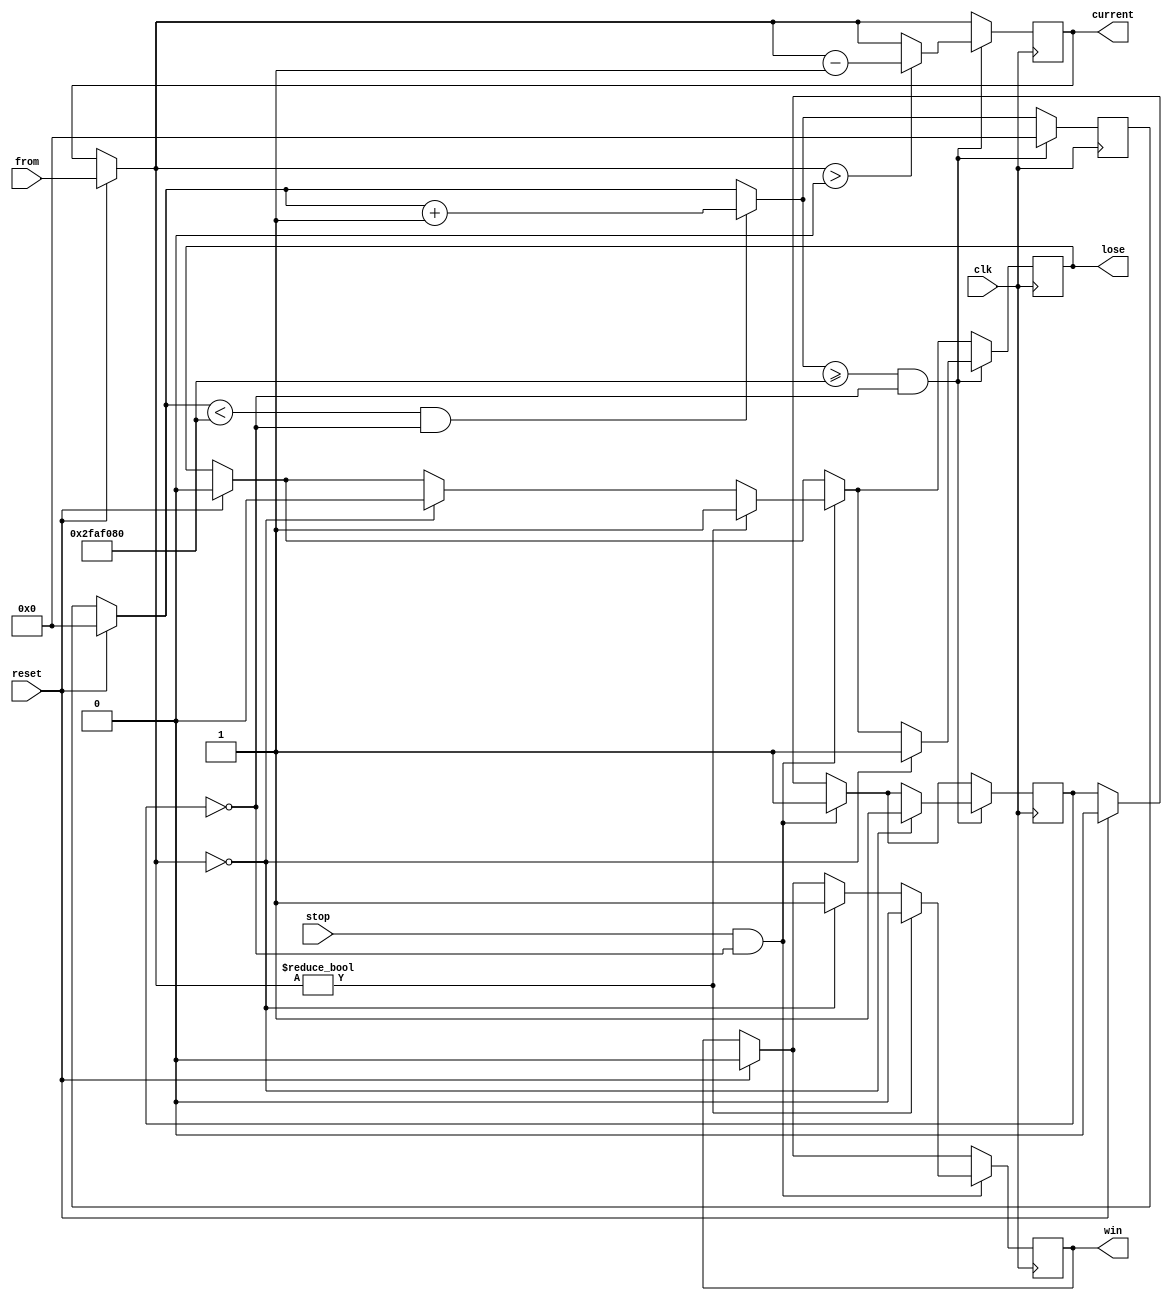
`timescale 1ns / 1ps
//////////////////////////////////////////////////////////////////////////////////
// Company: 
// Engineer: 
// 
// Design Name: 
// Module Name:    Countdown 
// Project Name: 
// Target Devices: 
// Tool versions: 
// Description: 
//
// Dependencies: 
//
// Revision: 
// Revision 0.01 - File Created
// Additional Comments: 
//
//////////////////////////////////////////////////////////////////////////////////
module Countdown(clk, reset, stop, from, current, win, lose );
parameter CLOCK = 50000000;
input clk;
input reset;
input stop;
input [6:0] from;
output [6:0] current;
output win;
output lose;

reg [25:0] counter;
reg [6:0] current;
reg win = 0;
reg lose = 0;
reg pause = 1;
wire clk;



always @ (posedge clk) begin

if (reset) begin
current = from;
counter = 0;
pause <= 0;
lose <= 0;
win <= 0;
end


if ((stop) && (pause == 0)) begin
pause <= 1;

	if (current == 0) begin
	win <= 1;
	lose <= 0;
	end
	
	if (current != 0) begin
	lose <= 1;
	win <= 0;
	end
	
end


	
	if ((counter < CLOCK) && (pause == 0)) begin
	counter = counter + 1;
	end
	
	if ((counter >= CLOCK) && (pause == 0)) begin
	
		
		
		if (current == 0) begin
		lose <= 1;
		pause <= 1;
		end
		
		if (current > 0) begin
		current = current - 1;
		end
	
	counter = 0;
	end


end 


endmodule